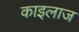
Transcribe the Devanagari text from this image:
काइलाज